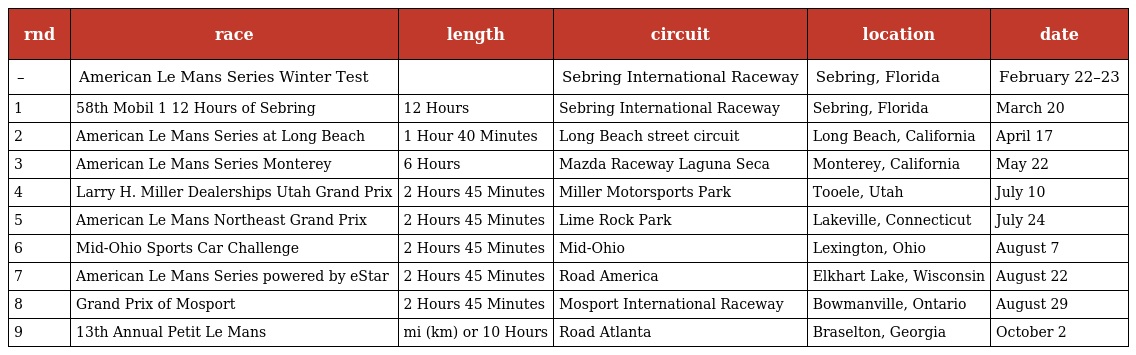
| rnd | race | length | circuit | location | date |
 | --- | --- | --- | --- | --- | --- |
 | – | American Le Mans Series Winter Test |  | Sebring International Raceway | Sebring, Florida | February 22–23 |
 | 1 | 58th Mobil 1 12 Hours of Sebring | 12 Hours | Sebring International Raceway | Sebring, Florida | March 20 |
 | 2 | American Le Mans Series at Long Beach | 1 Hour 40 Minutes | Long Beach street circuit | Long Beach, California | April 17 |
 | 3 | American Le Mans Series Monterey | 6 Hours | Mazda Raceway Laguna Seca | Monterey, California | May 22 |
 | 4 | Larry H. Miller Dealerships Utah Grand Prix | 2 Hours 45 Minutes | Miller Motorsports Park | Tooele, Utah | July 10 |
 | 5 | American Le Mans Northeast Grand Prix | 2 Hours 45 Minutes | Lime Rock Park | Lakeville, Connecticut | July 24 |
 | 6 | Mid-Ohio Sports Car Challenge | 2 Hours 45 Minutes | Mid-Ohio | Lexington, Ohio | August 7 |
 | 7 | American Le Mans Series powered by eStar | 2 Hours 45 Minutes | Road America | Elkhart Lake, Wisconsin | August 22 |
 | 8 | Grand Prix of Mosport | 2 Hours 45 Minutes | Mosport International Raceway | Bowmanville, Ontario | August 29 |
 | 9 | 13th Annual Petit Le Mans | mi (km) or 10 Hours | Road Atlanta | Braselton, Georgia | October 2 |